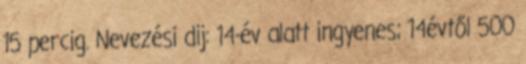
15 percig. Nevezési dij: 14-év alatt ingyenes; 14évtől 500